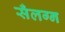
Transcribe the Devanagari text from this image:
सँलग्न